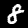
Label: 8